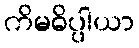
ကိမဓိပ္ပါယာ